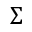
\Sigma